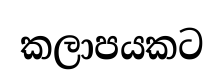
කලාපයකට